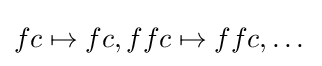
fc\mapsto fc,ffc\mapsto ffc,\dots